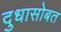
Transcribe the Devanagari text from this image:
दुधासोबत